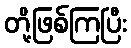
တို့ဖြစ်ကြပြီး